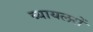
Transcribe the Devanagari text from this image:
ब्यायलरों